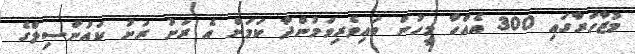
މުޒާހަރާގައި 300 އެއްހާ މީހުން ބައިވެރިވަމުންދާ ކަމަށް އެ ރަށު ރަށު ކައުންސިލްގެ